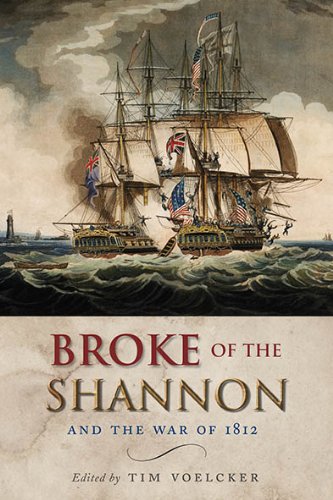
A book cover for Broke of the Shannon and the War of 1812; History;